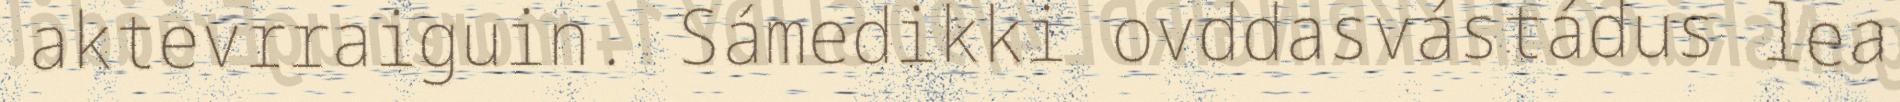
aktevrraiguin. Sámedikki ovddasvástádus lea